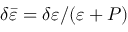
\delta \bar { \varepsilon } = \delta \varepsilon / ( \varepsilon + P )